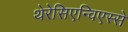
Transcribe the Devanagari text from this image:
थेरेसिएन्विएस्से